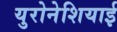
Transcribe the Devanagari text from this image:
युरोनेशियाई